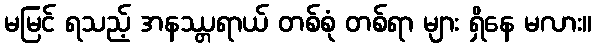
မမြင် ရသည့် အနဿ္တရာယ် တစ်စုံ တစ်ရာ များ ရှိနေ မလား။